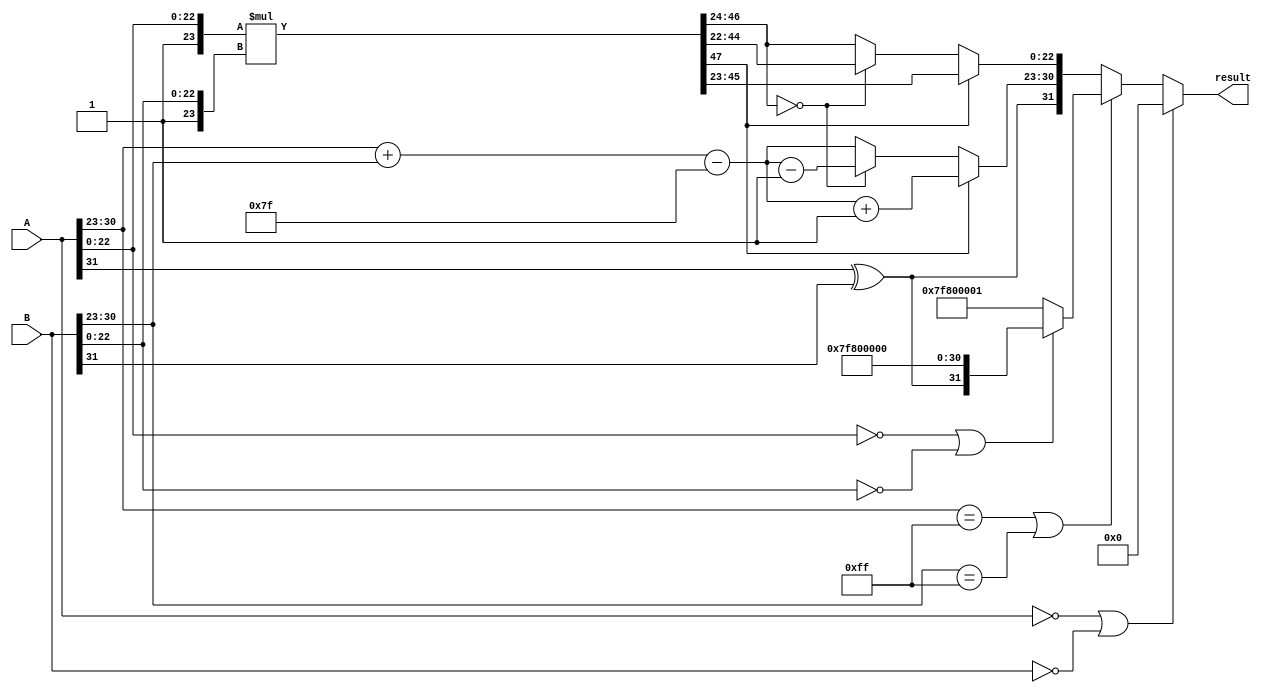
module floating_point_multiplier (
    input [31:0] A, // Single precision floating-point input A
    input [31:0] B, // Single precision floating-point input B
    output reg [31:0] result // Resulting floating-point output
);

    // Constants for single precision
    localparam EXPONENT_BIAS = 127;
    localparam MANTISSA_BITS = 23;
    
    // Decomposing inputs
    wire sign_A = A[31];
    wire sign_B = B[31];
    wire [7:0] exp_A = A[30:23];
    wire [7:0] exp_B = B[30:23];
    wire [23:0] mant_A = {1'b1, A[22:0]}; // Add implicit leading 1
    wire [23:0] mant_B = {1'b1, B[22:0]}; // Add implicit leading 1
    
    // Sign calculation
    wire sign_result = sign_A ^ sign_B;
    
    // Exponent calculation
    wire [8:0] exp_result = {1'b0, exp_A} + {1'b0, exp_B} - EXPONENT_BIAS; // 9 bits to handle overflow

    // Mantissa multiplication
    wire [47:0] mant_result = mant_A * mant_B; // 24 bits * 24 bits = 48 bits

    // Normalization
    reg [7:0] exp_final;
    reg [23:0] mant_final;
    reg mant_shifted;
    
    always @(*) begin
        // Default values
        exp_final = exp_result[7:0];
        mant_final = mant_result[47:24]; // Default to upper 24 bits
        mant_shifted = 0;

        // Check for normalization
        if (mant_result[47]) begin
            // Overflow, shift right
            mant_final = mant_result[46:23]; // Shift right
            exp_final = exp_final + 1; // Increment exponent
        end else if (mant_result[46:24] == 0) begin
            // Underflow, shift left
            mant_final = mant_result[45:22]; // Shift left
            exp_final = exp_final - 1; // Decrement exponent
            mant_shifted = 1;
        end
    end

    // Output formatting
    always @(*) begin
        // Handle special cases
        if (A == 32'b0 || B == 32'b0) begin
            result = 32'b0; // Zero multiplication
        end else if (exp_A == 8'hFF || exp_B == 8'hFF) begin
            // Check for infinity or NaN
            if (mant_A[22:0] == 0 || mant_B[22:0] == 0) begin
                result = {sign_result, 8'hFF, 23'b0}; // Infinity
            end else begin
                result = {1'b0, 8'hFF, 23'b1}; // NaN
            end
        end else begin
            // Normal case
            result = {sign_result, exp_final, mant_final[22:0]};
        end
    end

endmodule